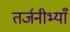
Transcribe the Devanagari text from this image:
तर्जनीभ्याँ